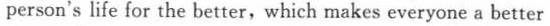
person's life for the better,which makes everyone a better